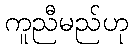
ကူညီမည်ဟု